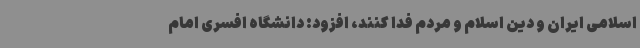
اسلامی ایران و دین اسلام و مردم فدا کنند، افزود: دانشگاه افسری امام